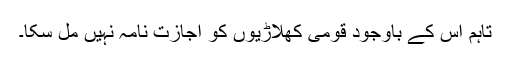
تاہم اس کے باوجود قومی کھلاڑیوں کو اجازت نامہ نہیں مل سکا۔